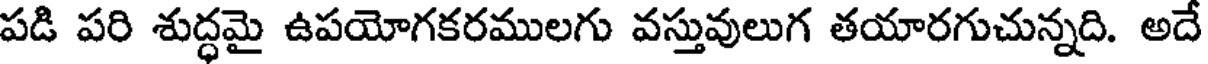
పడి పరి శుద్ధమై ఉపయోగకరములగు వస్తువులుగ తయారగుచున్నది. అదే